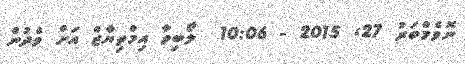
ނޮވެމްބަރު 27